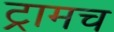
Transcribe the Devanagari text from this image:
ट्रामच